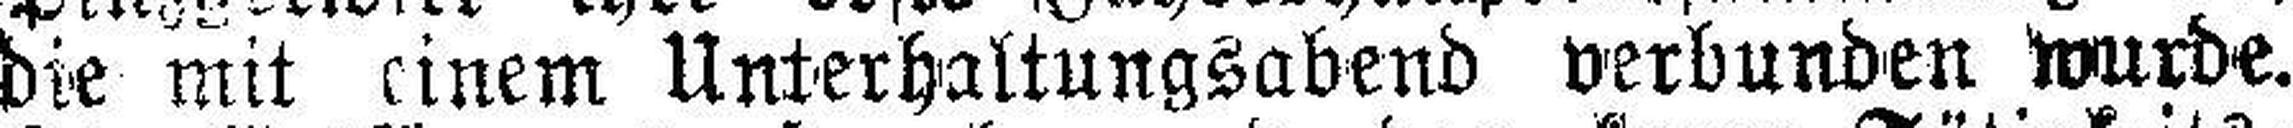
die mit einem Unterhaltungsabend verbunden wurde.